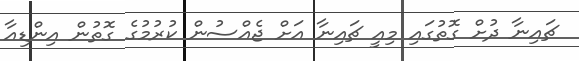
ޗައިނާ ދުށް ގޮތުގައި މިއީ ޗައިނާ އަށް ޖެއްސުން ކުރުމުގެ ގޮތުން އިންޑިއާ